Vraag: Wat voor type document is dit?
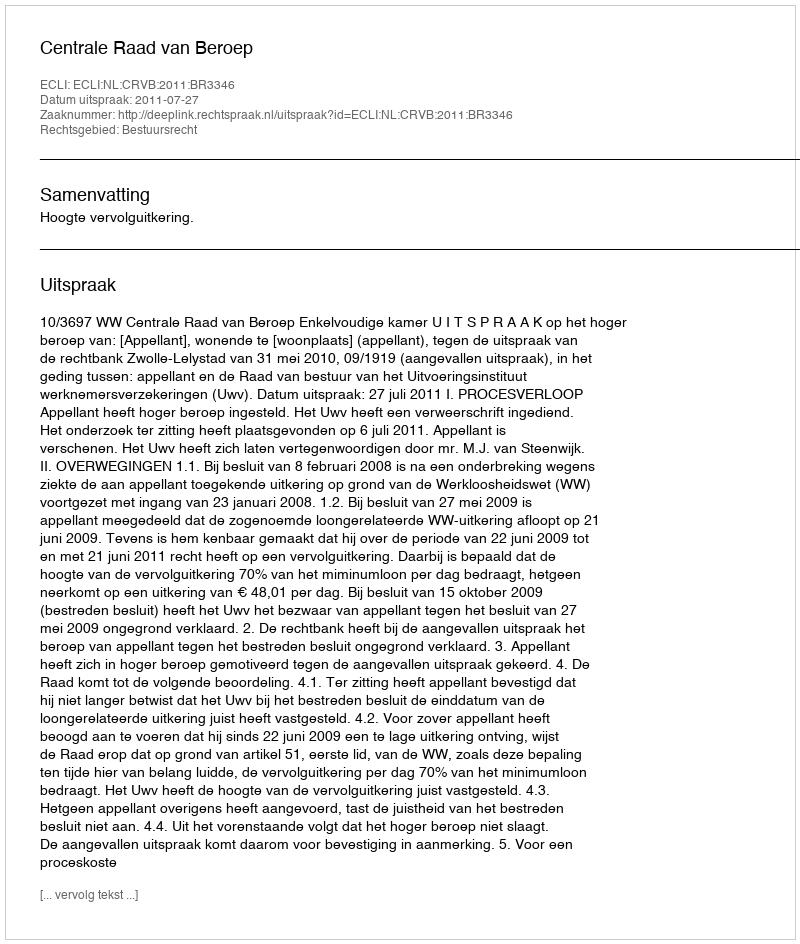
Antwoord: Uitspraak